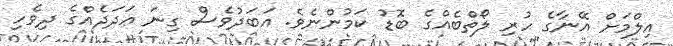
އިލްމަށް އޭނާގެ ހުރި ލޯތްބެއްގެ ބޮޑު ކަމުންނެވެ. އަބަދުވެސް ގިނަ ޢަދަދެއްގެ ދިވެހި